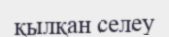
қылқан селеу